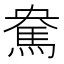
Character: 𩢥